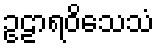
ဥဠာရဝိသေသံ